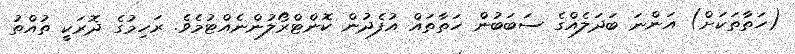
(ހަތާތަކަށް) އަންނަ ބަދަލެއްގެ ސަބަބުން ހަތާތައް އުފެދުން ކޮންޓްރޯލުންނެއްޓުމެވެ. ރަހިމުގެ ދޮރަކީ ތުއްތު